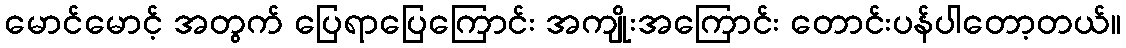
မောင်မောင့် အတွက် ပြေရာပြေကြောင်း အကျိုးအကြောင်း တောင်းပန်ပါတော့တယ်။